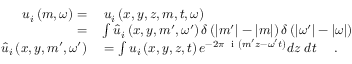
\begin{array} { r l } { u _ { i } \left( m , \omega \right) = } & { { } \; u _ { i } \left( x , y , z , m , t , \omega \right) } \\ { = } & { { } \int \hat { u } _ { i } \left( x , y , m ^ { \prime } , \omega ^ { \prime } \right) \delta \left( | m ^ { \prime } | - | m | \right) \delta \left( | \omega ^ { \prime } | - | \omega | \right) } \\ { \hat { u } _ { i } \left( x , y , m ^ { \prime } , \omega ^ { \prime } \right) } & { { } = \int u _ { i } \left( x , y , z , t \right) e ^ { - 2 \pi \textrm { \fontfamily { c m t t } \selectfont i } \left( m ^ { \prime } z - \omega ^ { \prime } t \right) } d z \; d t \quad \textrm { . } } \end{array}